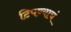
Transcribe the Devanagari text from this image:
टिपण्याचं